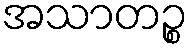
အသာတဉ္စ